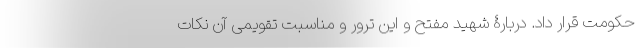
حکومت قرار داد. دربارۀ شهید مفتح و این ترور و مناسبت تقویمی آن نکات